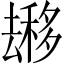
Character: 𱑬